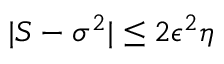
| S - \sigma ^ { 2 } | \leq 2 \epsilon ^ { 2 } \eta